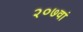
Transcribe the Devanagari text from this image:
२०७वां